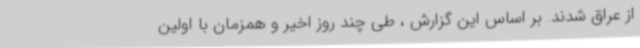
از عراق شدند. بر اساس این گزارش ، طی چند روز اخیر و همزمان با اولین